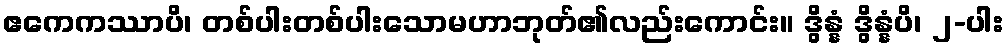
ဧကေကဿာပိ၊ တစ်ပါးတစ်ပါးသောမဟာဘုတ်၏လည်းကောင်း။ ဒွိန္နံ ဒွိန္နံပိ၊ ၂-ပါး